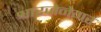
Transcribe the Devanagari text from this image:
श्वारजेनेगर